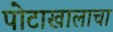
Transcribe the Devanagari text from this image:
पोटाखालाचा